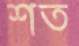
শত